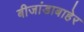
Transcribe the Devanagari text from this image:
बीजांडाबाहेर